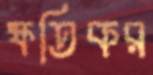
ক্ষতিকর